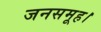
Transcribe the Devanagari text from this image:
जनसमूह।